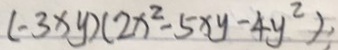
( - 3 x y ) ( 2 x ^ { 2 } - 5 x y - 4 y ^ { 2 } )